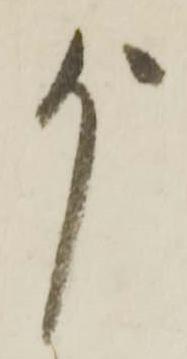
尚